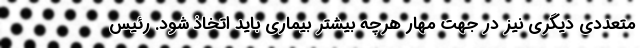
متعددی دیگری نیز در جهت مهار هرچه بیشتر بیماری باید اتخاذ شود. رئیس